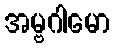
အမ္ဗဂါမော